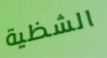
الشظية